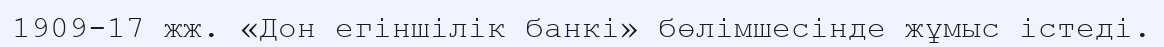
1909-17 жж. «Дон егіншілік банкі» бөлімшесінде жұмыс істеді.